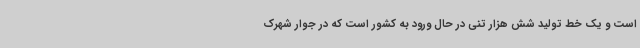
است و یک خط تولید شش هزار تنی در حال ورود به کشور است که در جوار شهرک